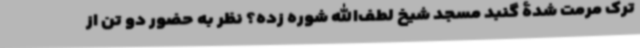
ترک مرمت شدۀ گنبد مسجد شیخ لطف‌الله شوره زده؟ نظر به حضور دو تن از